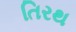
તિરથ